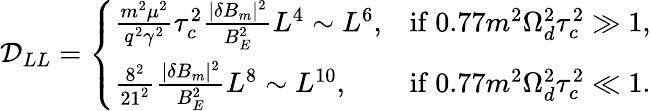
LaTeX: \mathcal{D}_{LL}=\left\{ \begin{array}{ll}{\frac{m^{2}\mu^{2}}{q^{2}\gamma^{2}}\tau_{c}^{2}\frac{|\delta B_{m}|^{2}}{B_{E}^{2}}L^{4}\sim L^{6},}&{\mathrm{if~}0.77m^{2}\Omega_{d}^{2}\tau_{c}^{2}\gg 1,}\\ {\frac{8^{2}}{21^{2}}\frac{|\delta B_{m}|^{2}}{B_{E}^{2}}L^{8}\sim L^{10},}&{\mathrm{if~}0.77m^{2}\Omega_{d}^{2}\tau_{c}^{2}\ll 1.}\end{array}\right.